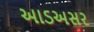
આડઅસર